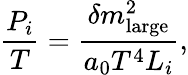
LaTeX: {\frac{P_{i}}{T}}={\frac{\delta m_{\mathrm{large}}^{2}}{a_{0}T^{4}L_{i}}},